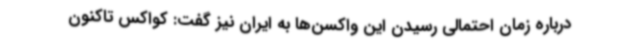
درباره زمان احتمالی رسیدن این واکسن‌ها به ایران نیز گفت: کواکس تاکنون